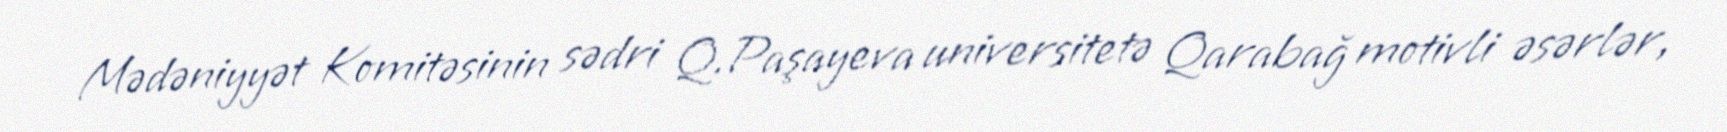
Mədəniyyət Komitəsinin sədri Q.Paşayeva universitetə Qarabağ motivli əsərlər,